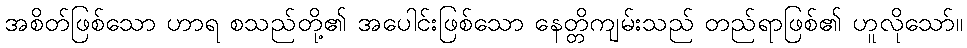
အစိတ်ဖြစ်သော ဟာရ စသည်တို့၏ အပေါင်းဖြစ်သော နေတ္တိကျမ်းသည် တည်ရာဖြစ်၏ ဟူလိုသော်။